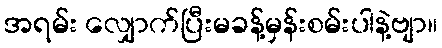
အရမ်း လျှောက်ပြီးမခန့်မှန်းစမ်းပါနဲ့ဗျာ။